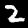
Digit: 2